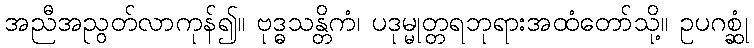
အညီအညွတ်လာကုန်၍။ ဗုဒ္ဓသန္တိကံ၊ ပဒုမ္မုတ္တရဘုရားအထံတော်သို့။ ဥပဂစ္ဆုံ